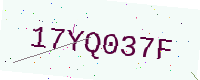
Text: 17YQ037F